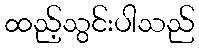
ထည့်သွင်းပါသည်